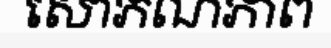
សោភណភាព